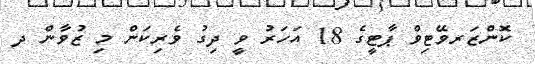
ކޮންޒަރވޭޓިވް ޕާޓީގެ 18 އަހަރު ވީ ދިގު ވެރިކަން މި ޒުވާން ދ